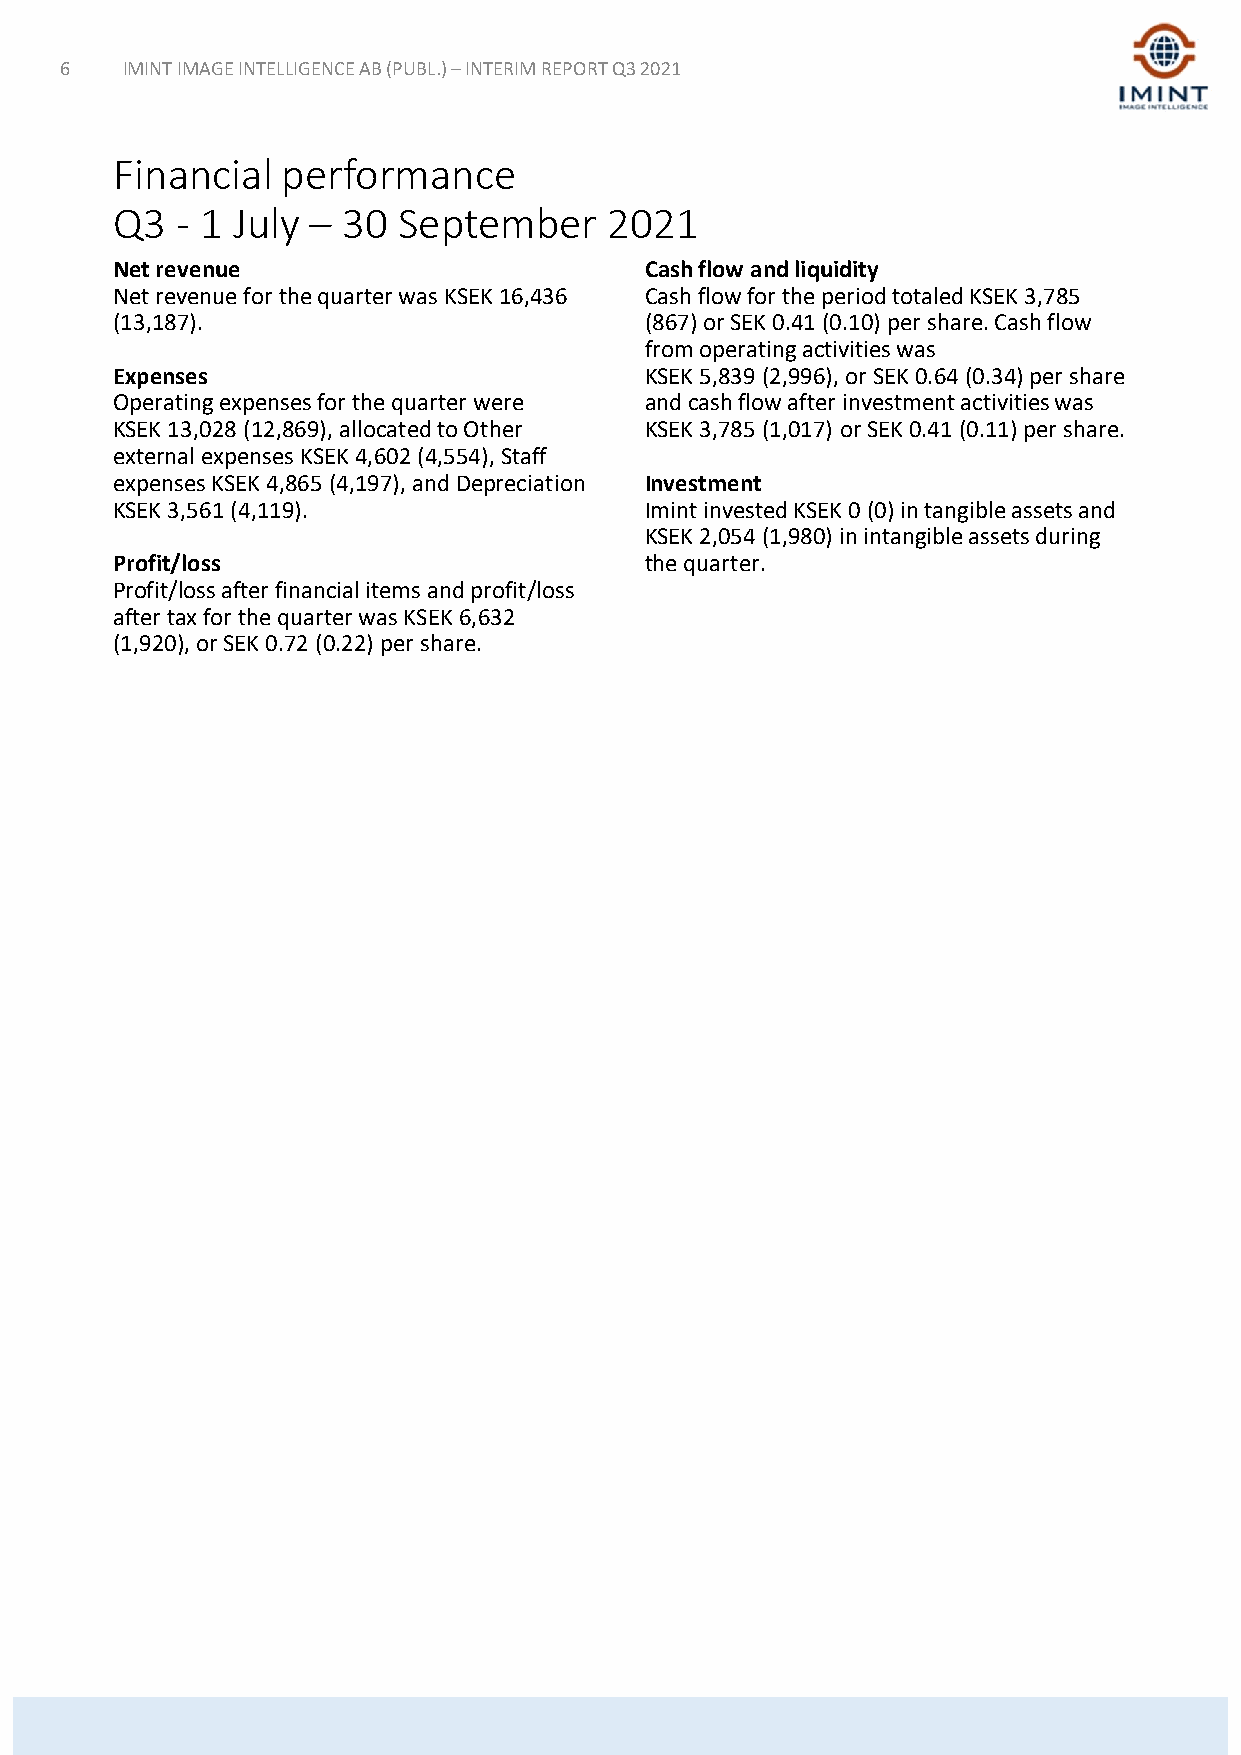
6   IMINT IMAGE INTELLIGENCE AB (PUBL.) –INTERIM REPORT Q3 2021
 Financial   performance
 Q3   - 1 July – 30 September     2021
 Net revenue                         Cash flow and liquidity
 Net revenue for the quarter was KSEK16,436 Cash flow for the period totaled KSEK3,785
 (13,187).                           (867) or SEK0.41 (0.10) per share. Cash flow
 from operating activities was
 Expenses                            KSEK 5,839 (2,996), or SEK 0.64 (0.34) per share
 Operating expenses for the quarter were and cash flow after investment activities was
 KSEK13,028 (12,869), allocated to Other KSEK 3,785 (1,017) or SEK 0.41 (0.11) per share.
 external expenses KSEK4,602 (4,554), Staff
 expenses KSEK4,865 (4,197), and Depreciation Investment
 KSEK3,561 (4,119).                  Imint invested KSEK0 (0) in tangible assets and
 KSEK2,054 (1,980) in intangible assets during
 Profit/loss                         the quarter.
 Profit/loss after financial items and profit/loss
 after tax for the quarter was KSEK6,632
 (1,920), or SEK0.72 (0.22) per share.